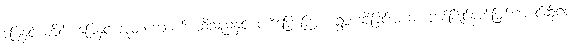
မြေနှင့် တိုင်၊ မြေနှင့် အုတ်ကျောက် ထိသည်နှင့် ပါဠိပြောကြား ရွတ်ဆိုခြင်းအဆုံး တစ်ပြိုင်နက်ဖြစ်အောင်ဆို၍